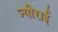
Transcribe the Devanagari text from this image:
न्यौराई